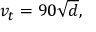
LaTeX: v _ { t } = 9 0 { \sqrt { d } } ,